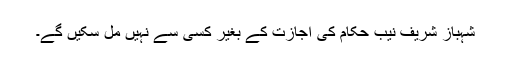
شہباز شریف نیب حکام کی اجازت کے بغیر کسی سے نہیں مل سکیں گے۔